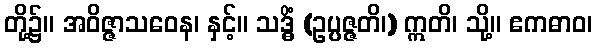
တို့၌။ အဝိဇ္ဇာသဝေန၊ နှင့်။ သဒ္ဓိံ (ဥပ္ပဇ္ဇတိ၊) ဣတိ၊ သို့။ ဧကဓာဝ၊